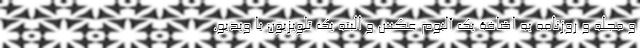
و مجله و روزنامه به اضافۀ یک آلبوم عکس و البته یک تلویزیون یا ویدیو.